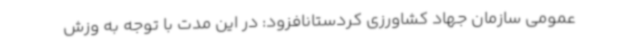
عمومی سازمان جهاد کشاورزی کردستانافزود: در این مدت با توجه به وزش